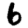
Digit: 6